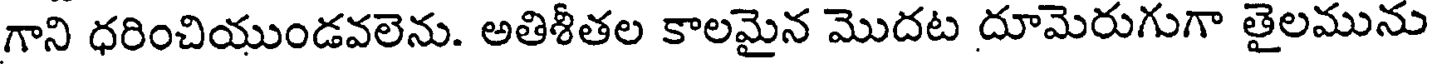
గాని ధరించియుండవలెను. అతిశీతల కాలమైన మొదట దూమెరుగుగా తైలమును